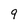
Character: 9